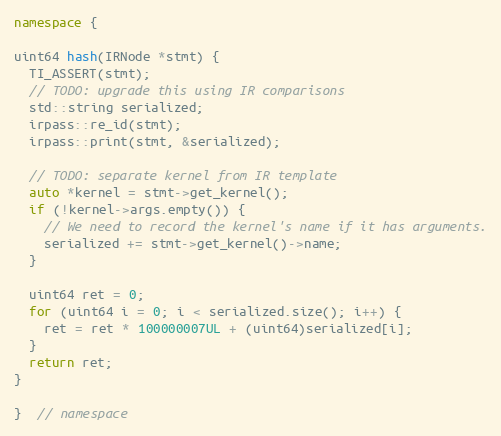
Language: C++
namespace {

uint64 hash(IRNode *stmt) {
  TI_ASSERT(stmt);
  // TODO: upgrade this using IR comparisons
  std::string serialized;
  irpass::re_id(stmt);
  irpass::print(stmt, &serialized);

  // TODO: separate kernel from IR template
  auto *kernel = stmt->get_kernel();
  if (!kernel->args.empty()) {
    // We need to record the kernel's name if it has arguments.
    serialized += stmt->get_kernel()->name;
  }

  uint64 ret = 0;
  for (uint64 i = 0; i < serialized.size(); i++) {
    ret = ret * 100000007UL + (uint64)serialized[i];
  }
  return ret;
}

}  // namespace